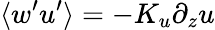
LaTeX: \langle w^{\prime}u^{\prime}\rangle=-K_{u}\partial_{z}u